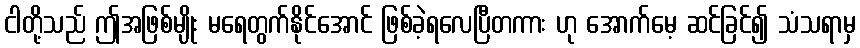
ငါတို့သည် ဤအဖြစ်မျိုး မရေတွက်နိုင်အောင် ဖြစ်ခဲ့ရလေပြီတကား ဟု အောက်မေ့ ဆင်ခြင်၍ သံသရာမှ